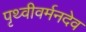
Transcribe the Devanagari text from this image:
पृथ्वीवर्मनदेव